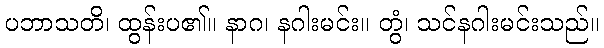
ပဘာသတိ၊ ထွန်းပ၏။ နာဂ၊ နဂါးမင်း။ တွံ၊ သင်နဂါးမင်းသည်။